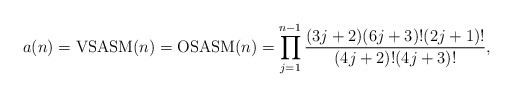
\begin{gather*}a(n)={\rm VSASM}(n)={\rm OSASM}(n)= \prod_{j=1}^{n-1} { (3j+2)(6j+3)! (2j+1)! \over (4j+2)! (4j+3)!},\end{gather*}